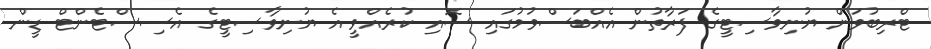
ޓްރިބުވަން ޔުނިވާސިޓީގެ ފަރާތުން އެއްބަސްވުމުގައި ސޮއި ކުރެއްވީ އެ ޔުނިވާސިޓީގެ އެސިސްޓެންޓް ޑީން